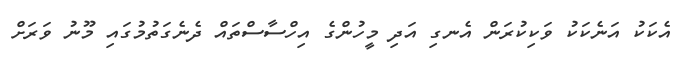
އެކަކު އަނެކަކު ވަކިކުރަން އެނގި އަދި މީހުންގެ އިހްސާސްތައް ދެނެގަތުމުގައި މޫނު ވަރަށް